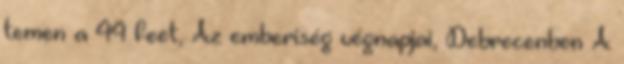
temen a 44 feet, Az emberiség végnapjai, Debrecenben A